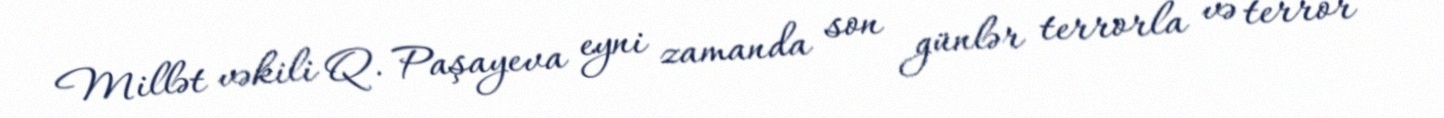
Millət vəkili Q. Paşayeva eyni zamanda son günlər terrorla və terror